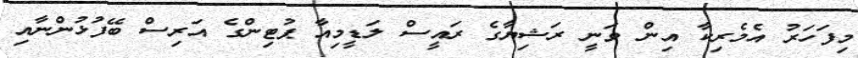
މިފަހަރު އެމެރިކާ އިން ވަނީ ރަޝިޔާގެ ރައީސް ލަޑީމިއާ ޕުޓިންގެ އަރިސް ބޭފުޅުންނާއި